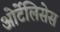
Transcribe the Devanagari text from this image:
ओर्टेलिसेस